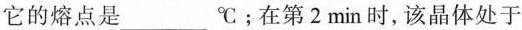
它的熔点是_______℃；在第2min时，该晶体处于